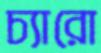
চ্যারো